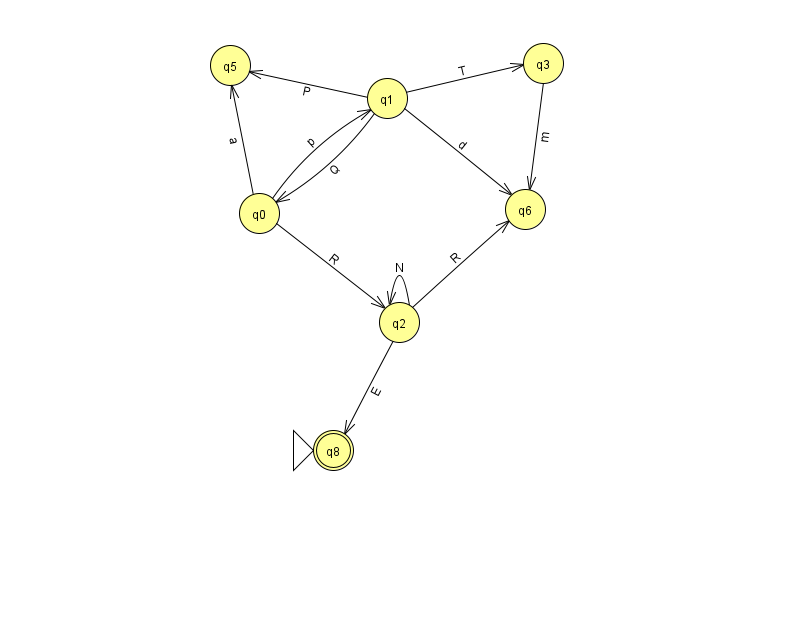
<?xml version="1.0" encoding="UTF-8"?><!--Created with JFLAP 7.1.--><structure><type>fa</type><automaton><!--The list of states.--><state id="0" name="q0"><x>259.0</x><y>200.0</y></state><state id="1" name="q1"><x>387.0</x><y>85.0</y></state><state id="2" name="q2"><x>399.0</x><y>309.0</y></state><state id="3" name="q3"><x>543.0</x><y>50.0</y></state><state id="5" name="q5"><x>230.0</x><y>52.0</y></state><state id="6" name="q6"><x>525.0</x><y>196.0</y></state><state id="8" name="q8"><x>333.0</x><y>437.0</y><initial/><final/></state><!--The list of transitions.--><transition><from>2</from><to>8</to><read>E</read></transition><transition><from>0</from><to>5</to><read>a</read></transition><transition><from>0</from><to>1</to><read>p</read></transition><transition><from>1</from><to>5</to><read>P</read></transition><transition><from>1</from><to>0</to><read>Q</read></transition><transition><from>1</from><to>3</to><read>T</read></transition><transition><from>1</from><to>6</to><read>d</read></transition><transition><from>0</from><to>2</to><read>R</read></transition><transition><from>2</from><to>6</to><read>R</read></transition><transition><from>3</from><to>6</to><read>m</read></transition><transition><from>2</from><to>2</to><read>N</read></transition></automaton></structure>